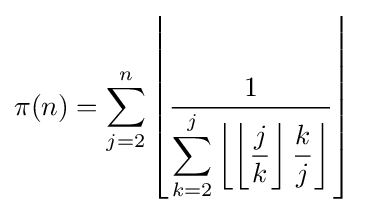
\pi (n)=\sum _{j=2}^{n}\left\lfloor {\frac {1}{\displaystyle \sum _{k=2}^{j}\left\lfloor \left\lfloor {\frac {j}{k}}\right\rfloor {\frac {k}{j}}\right\rfloor }}\right\rfloor